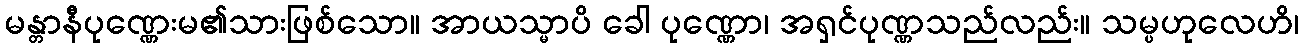
မန္တာနီပုဏ္ဏေးမ၏သားဖြစ်သော။ အာယသ္မာပိ ခေါ ပုဏ္ဏော၊ အရှင်ပုဏ္ဏသည်လည်း။ သမ္ပဟုလေဟိ၊